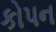
કોપન